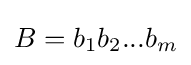
B=b_{1}b_{2}...b_{m}